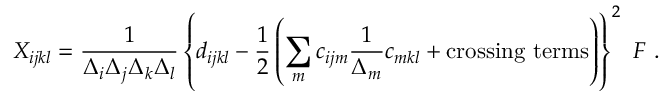
X _ { i j k l } = { \frac { 1 } { \Delta _ { i } \Delta _ { j } \Delta _ { k } \Delta _ { l } } } \left\{ d _ { i j k l } - { \frac { 1 } { 2 } } \left( \sum _ { m } c _ { i j m } { \frac { 1 } { \Delta _ { m } } } c _ { m k l } + \mathrm { c r o s s i n g ~ t e r m s } \right) \right\} ^ { 2 } \ F \ .